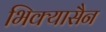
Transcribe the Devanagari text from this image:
भिक्यासैन